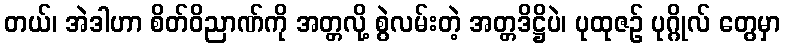
တယ်၊ အဲဒါဟာ စိတ်ဝိညာဏ်ကို အတ္တလို့ စွဲလမ်းတဲ့ အတ္တဒိဋ္ဌိပဲ၊ ပုထုဇဉ် ပုဂ္ဂိုလ် တွေမှာ